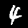
Label: 4